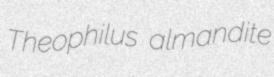
Theophilus almandite